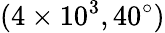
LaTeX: (4\times 10^{3},40^{\circ})